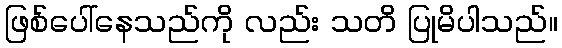
ဖြစ်ပေါ်နေသည်ကို လည်း သတိ ပြုမိပါသည်။